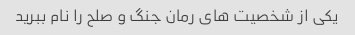
یکی از شخصیت های رمان جنگ و صلح را نام ببرید